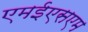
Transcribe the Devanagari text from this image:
एमईएसएम